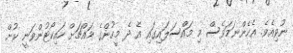
ނުވިއެވެ. އެހެންނަމަވެސް މި މައްސަލައިގައި އެ ދެ މީހުންގެ މައްޗަށް ހައިކޯޓުންވަނީ ކުށް